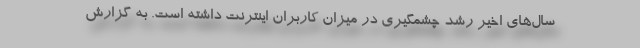
سال‌های اخیر رشد چشمگیری در میزان کاربران اینترنت داشته است. به گزارش